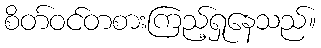
စိတ်ဝင်တစားကြည့်ရှုနေသည်။